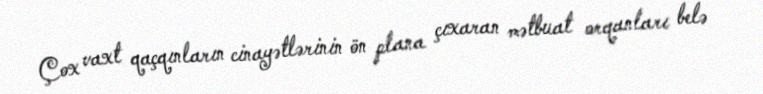
Çox vaxt qaçqınların cinayətlərinin ön plana çıxaran mətbuat orqanları belə